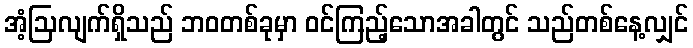
အံ့ဩလျက်ရှိသည် ဘဝတစ်ခုမှာ ဝင်ကြည့်သောအခါတွင် သည်တစ်နေ့လျှင်